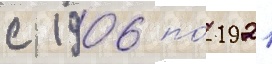
с 1906 по́ 1921